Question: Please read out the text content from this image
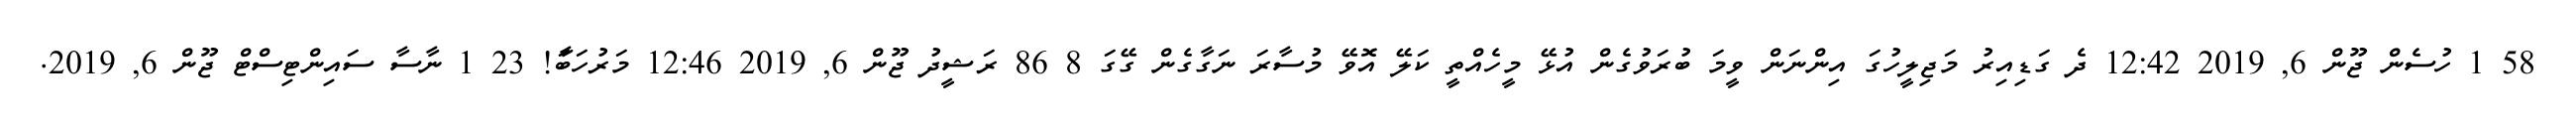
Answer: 58 1 ހުސެން ޖޫން 6, 2019 12:42 ދެ ގަޑިއިރު މަޖިލީހުގަ އިންނަން ވީމަ ބުރަވުގެން އުޅޭ މީހެއްތީ ކަލޭ އޮވޭ މުސާރަ ނަގާގެން ގޭގަ 8 86 ރަޝީދު ޖޫން 6, 2019 12:46 މަރުހަބާަ! 23 1 ނާސާ ސައިންޓިސްޓް ޖޫން 6, 2019.